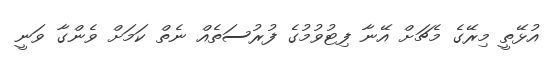
އުޅޭތީ މިރޭގެ މެޗަށް އޭނާ ފިޓުވުމުގެ ފުރުސަތެއް ނެތް ކަމަށް ވެންގާ ވަނީ